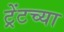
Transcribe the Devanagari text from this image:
ट्रेंटच्या